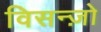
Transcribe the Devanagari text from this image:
विसन्ज़ो